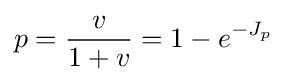
p={\frac {v}{1+v}}=1-e^{-J_{p}}